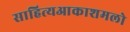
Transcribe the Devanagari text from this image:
साहित्‍यआकाशमलो